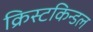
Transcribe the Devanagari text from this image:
क्रिस्टकिन्डल